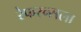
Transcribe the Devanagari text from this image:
रेफरन्सला